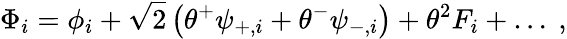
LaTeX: \Phi_{i}=\phi_{i}+\sqrt{2}\left(\theta^{+}\psi_{+,i}+\theta^{-}\psi_{-,i}\right)+\theta^{2}F_{i}+\ldots\ ,